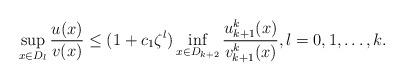
LaTeX: \begin{align*}\sup_{x\in D_l}\frac{u(x)}{v(x)}\le (1+c_1\zeta^l)\inf_{x\in D_{k+2}}\frac{u^k_{k+1}(x)}{v^k_{k+1}(x)},l=0, 1, \dots, k.\end{align*}